Vaccination North-Western Provinces 1866-1877 - 1866-1877
Year: 1866
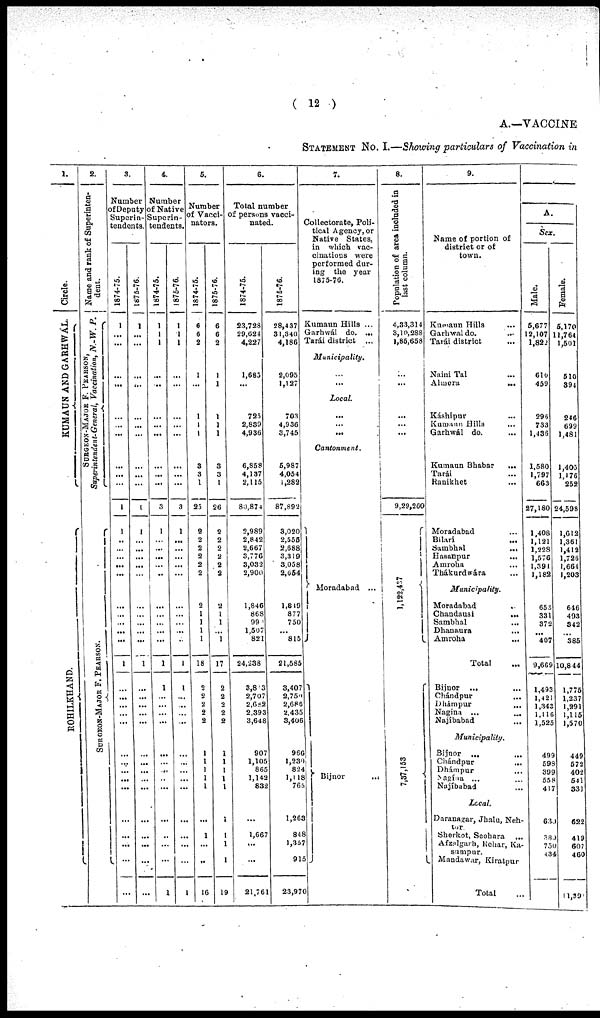
( 12 )
A.— VACCINE
STATEMENT No. I.— Showing particulars of Vaccination in
1.
Circle.
KUMAUN AND GARHWAL.
ROHILKHUND.
2.
Name and rank of Superinten-
dent.
SURGEON-MAJOR F. PEARSON,
Superintendent-General, Vaccination, N.-W. P.
SURGEON-MAJOR
F.
PEARSON.
3.
Number
of Deputy
Superin¬
tendents.
1874-75.
1
...
...
...
...
...
...
...
...
...
...
1
1
..
...
...
...
...
...
...
...
...
...
1
...
...
...
...
...
...
...
...
...
...
...
...
...
...
...
1875-76.
1
...
...
...
...
...
...
...
...
...
...
1
1
...
...
...
...
...
...
...
...
...
...
1
...
...
...
...
...
...
...
...
...
...
...
...
...
...
...
4.
Number
of Native
superin¬
tendents.
1874-75.
1
1
1
...
...
...
...
...
...
...
...
3
1
...
...
...
...
...
...
...
...
...
...
1
1
...
...
...
...
...
...
...
...
...
...
...
...
...
1
1875-76.
1
1
1
...
...
...
...
...
...
...
...
3
1
...
...
...
...
...
...
...
...
...
...
1
1
...
...
...
...
...
...
...
...
...
...
...
...
...
1
5.
Number
of Vacci¬
nators.
1874-75.
6
6
2
1
...
1
1
1
3
3
1
25
2
2
2
2
2
2
2
1
1
1
1
18
2
2
2
2
2
1
1
1
1
1
...
1
...
...
16
1875-76.
6
6
2
1
1
1
1
1
3
3
1
26
2
2
2
2
2
2
2
1
1
...
1
17
2
2
2
2
2
1
1
1
1
1
1
1
1
1
19
6.
Total number
of persons vacci-
nated.
1874-75.
23,728
29,624
4,227
1,685
...
725
2,839
4,936
6,858
4,137
2,115
80,87 4
2,989
2,842
2,667
3,776
3,032
2,900
1,846
868
990
1,507
821
24,238
3,813
2,707
2,682
2,393
3,648
907
1,105
865
1,142
832
...
1,667
...
...
21,761
1875-76.
28,437
31,340
4,186
2,095
1,127
703
4,936
3,745
5,987
4,054
1,282
87,892
3,020
2,555
2,688
3,319
3,058
2,654
1,819
877
750
...
815
21,585
3,407
2,750
2,686
2,435
3,406
966
1,230
824
1,118
765
1,263
848
1,357
915
23,970
7.
Collectorate, Poli-
tical Agency, or
Native States,
in which vac-
cinations were
performed dur-
ing the year
1875-76.
Kumaun Hills ...
Garhwál do. ...
Tarái district ...
Municipality.
...
...
Local.
...
...
...
Cantonment.
Moradabad ...
Bijnor
...
8.
Population of area included in
last column.
4,33,314
3,10,288
1,85,658
...
...
...
...
...
9,29,260
1,122,437
7,37,153
9.
Name of portion of
district or of
town.
Kumaun Hills ...
Garhwal do. ...
Tarái district ...
Naini Tal ...
Almora
...
Káshipur ...
Kumaon Hills ...
Garhwál do. ...
Kumaun Bhabar
...
Tarái ...
Ranikhet ...
Moradabad ...
Bilari ...
Sambhal
...
Hasanpur
...
Amroha ...
Thákurdwára ...
Municipality.
Moradabad ...
Chandausi
...
Sambhal
...
Dhanaura
...
Amroha ...
Total ...
Bijnor ...
Chándpur ...
Dhámpur ...
Nagína ...
...
Najíbabad ...
Municipality.
Bijnor ...
...
Chándpur
...
Dhimpur ...
Nagina ... ...
Najíbabad ...
Local.
Daranagar, Jhalu, Neh¬
tor
Sherkot, Seohara ...
Afzalgarh, Rehar, Ka¬
sumpur.
Mandawar, Kiratpur
Total ...
A.
Sex.
Male.
5,677
12,107
1,822
610
459
296
733
1,436
1,580
1,797
663
27,180
1,408
1,121
1,228
1,576
1,391
1,182
653
331
372
407
9,669
1,493
1,421
1,343
1,116
1,525
499
598
399
558
417
630
380
750
434
Female.
5,170
11,764
1,501
510
394
246
699
1,481
1,405
1,176
252
24,598
1,612
1,361
1,412
1,726
1,664
1,203
646
493
342
385
10,844
1,775
1,237
1,291
1,115
1,570
449
572
402
541
331
622
419
607
460
11,391